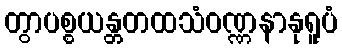
တွာပစ္စယန္တတထသံဝဏ္ဏနာနုရူပံ